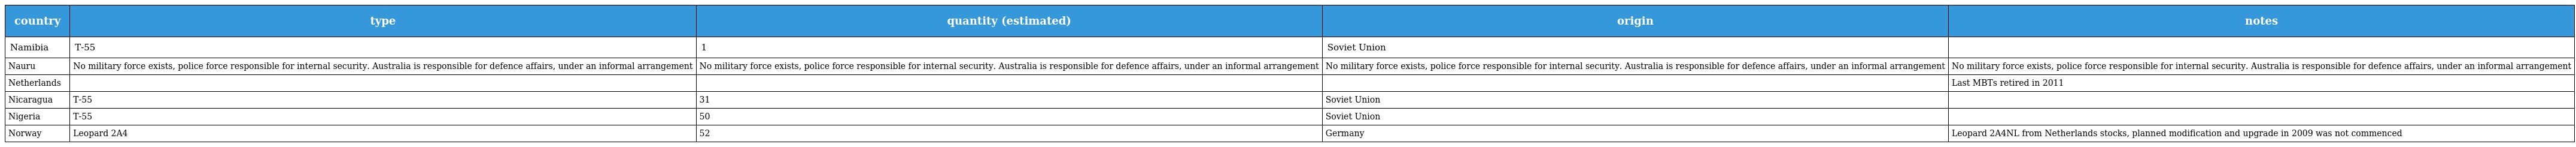
| country | type | quantity (estimated) | origin | notes |
 | --- | --- | --- | --- | --- |
 | Namibia | T-55 | 1 | Soviet Union |  |
 | Nauru | No military force exists, police force responsible for internal security. Australia is responsible for defence affairs, under an informal arrangement | No military force exists, police force responsible for internal security. Australia is responsible for defence affairs, under an informal arrangement | No military force exists, police force responsible for internal security. Australia is responsible for defence affairs, under an informal arrangement | No military force exists, police force responsible for internal security. Australia is responsible for defence affairs, under an informal arrangement |
 | Netherlands |  |  |  | Last MBTs retired in 2011 |
 | Nicaragua | T-55 | 31 | Soviet Union |  |
 | Nigeria | T-55 | 50 | Soviet Union |  |
 | Norway | Leopard 2A4 | 52 | Germany | Leopard 2A4NL from Netherlands stocks, planned modification and upgrade in 2009 was not commenced |